Civil Veterinary Department. Madras. Admin. report 1926-33 - 1926-1933
Year: 1926
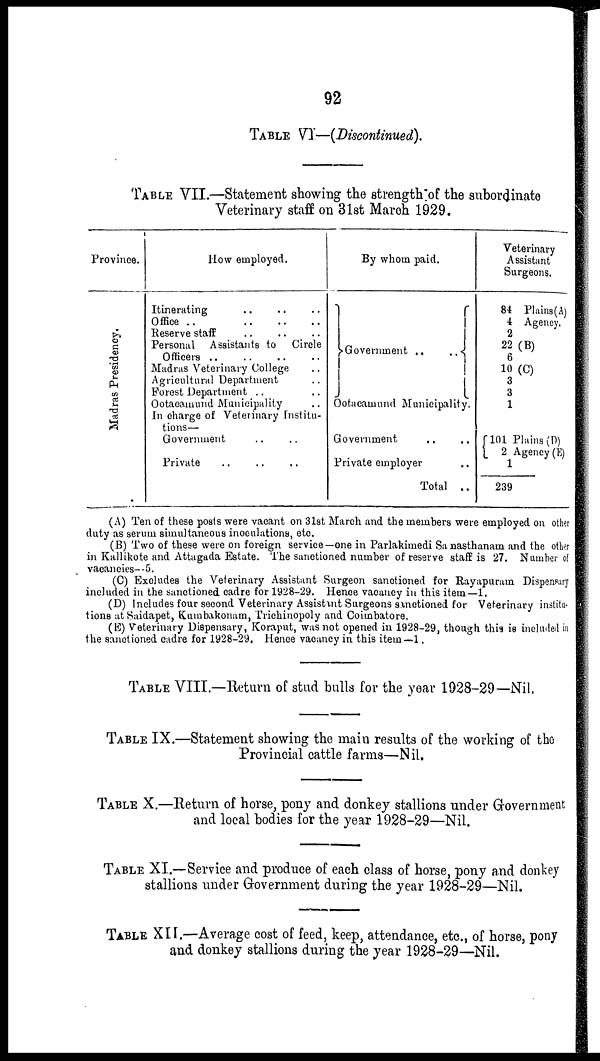
92
TABLE VI—(Discontinued).
TABLE VII.—Statement showing the strength of the subordinate
Veterinary staff on 31st March 1929.
Province.
Madras Presidency.
How employed.
Itinerating .. .. ..
Office ..
..
..
..
Reserve staff .. .. ..
Personal Assistants to Circle
Officers .. .. .. ..
Madras Veterinary College ..
Agricultural Department ..
Forest Department .. ..
Ootacamund Municipality ..
In charge of Veterinary Institu-
tions—
Government .. ..
Private
..
..
..
By whom paid.
Government ..
..
Ootacamund Municipality.
Government .. ..
Private employer ..
Total ..
Veterinary
Assistant
Surgeons.
84 Plains(A)
4 Agency.
2
22 (B)
6
10 (C)
3
3
1
101
Plains (D)
2 Agency (E)
1
239
(A) Ten of these posts were vacant on 31st March and the members were employed on other
duty as serum simultaneous inoculations, etc.
(B) Two of these were on foreign service—one in Parlakimedi Sa nasthanam and the other
in Kallikote and Attagada Estate. The Sanctioned number of reserve staff is 27. Number of
vacancies-.5.
(C) Excludes the Veterinary Assistant Surgeon sanctioned for Rayapuram Dispensary
included in the sanetioned cadre for 1928-29. Hence vacancy in this item —1.
(D) Includes four second Veterinary Assistant Surgeons sanctioned for Veterinary instita-
tions at Saidapet, Kumbakonam, Trichinopoly and Coimbatore.
(E) Veterinary Dispensary, Koraput, was not opened in 1928-29, though this is incluted ..
the sanctioned cadre for 1928-29. Hence vacancy in this item—1.
TABLE VIII —Return of stud bulls for the year 1928-29—Nil.
TABLE IX.—Statement showing the main results of the working of the
Provincial cattle farms—Nil.
TABLE X.—Return of horse, pony and donkey stallions under Grovernment
and local bodies for the year 1928-29—Nil.
TABLE XI.— Service and produce of each class of horse, pony and donkey
stallions under Government during the year 1928-29—Nil.
TABLE XII.—Average cost of feed, keep, attendance, etc., of horse, pony
and donkey stallions during the year 1928-29—Nil.